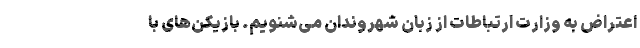
اعتراض به وزارت ارتباطات از زبان شهروندان می‌شنویم. بازیکن‌های با